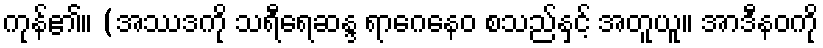
ကုန်၏။ (အဿဒကို သရီရေဆန္ဒ ရာဂေနေဝ စသည်နှင့် အတူယူ။ အာဒီနဝကို